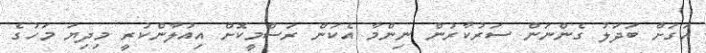
އަގަށް ބަދަލު ގެންނަން ސަރުކާރުން ނިންމާ އެކަން ރަސްމީކޮށް އިއުލާންކުރީ މިދިޔަ މަހުގެ